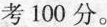
考100分。